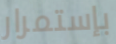
بإستمرار